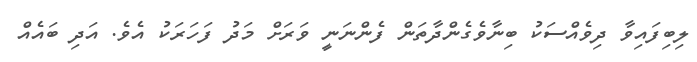
ލިބިފައިވާ ދިވެއްސަކު ބިނާވެގެންދާތަން ފެންނަނީ ވަރަށް މަދު ފަހަރަކު އެވެ. އަދި ބައެއް